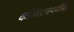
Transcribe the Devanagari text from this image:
कोरिस्टोस्पर्मेसिई